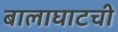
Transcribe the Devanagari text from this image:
बालाघाटची